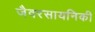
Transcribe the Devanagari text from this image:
जैवरसायनिकी